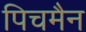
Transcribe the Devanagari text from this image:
पिचमैन